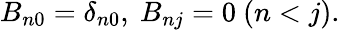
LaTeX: B_{n0}=\delta_{n0},\ B_{nj}=0\ (n<j).